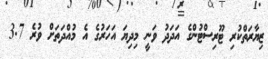
ޒިޔާރަތްކުރި ޓޫރިސްޓުންގެ އަދަދު ވަނީ މިދިޔަ އަހަރުގެ އެ މުއްދަތަށް ވުރެ 3.7